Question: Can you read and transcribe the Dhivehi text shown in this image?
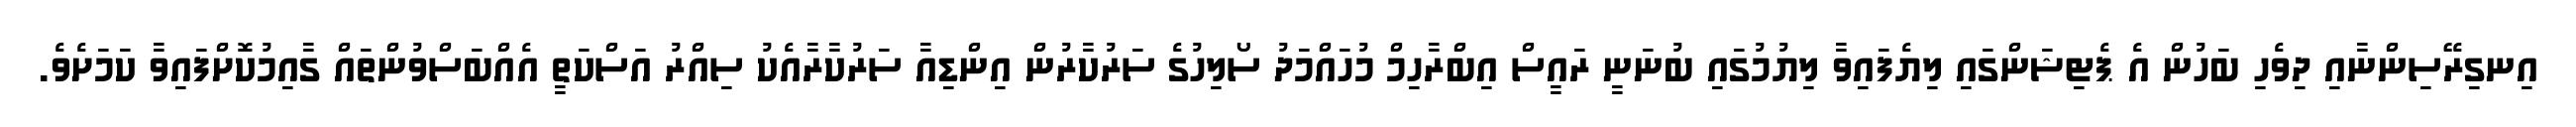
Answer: އިނގިރޭސިންނާއި ދިވެހި ބަހުން އެ ޕެޓިޝަންގައި ލިޔެފައިވާ ލިޔުމުގައި ބުނަނީ ރައީސް އިބްރާހިމް މުހައްމަދު ސޯލިހުގެ ސަރުކާރުން އިންޑިއާ ސަރުކާރާއެކު ސިއްރު އަސްކަތީ އެއްބަސްވުންތައް ގާއިމުކޮށްފައިވާ ކަމަށެވެ.